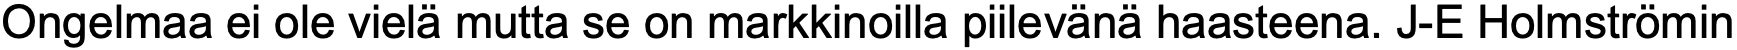
Ongelmaa ei ole vielä mutta se on markkinoilla piilevänä haasteena. J-E Holmströmin